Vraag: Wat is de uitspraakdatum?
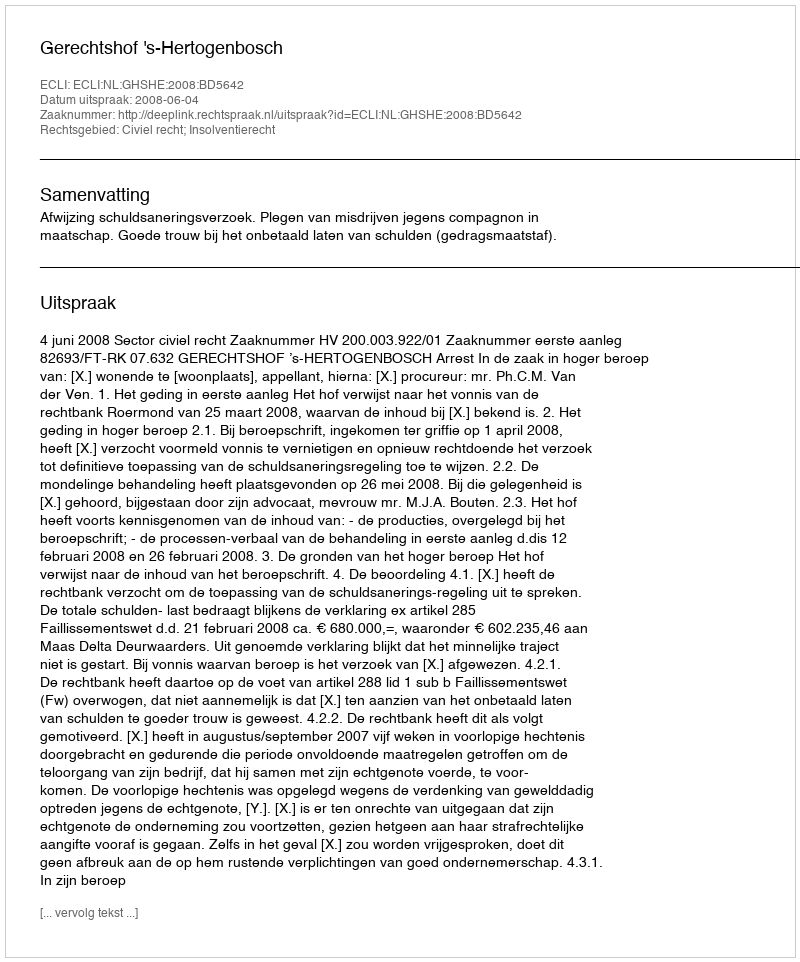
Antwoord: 2008-06-04